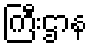
ကြီးဌာန